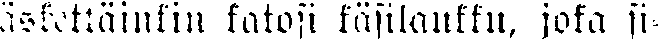
äskettäinkin katosi käsilaukku, joka si-